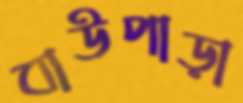
বাউপাড়া